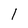
Character: 1